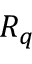
{ \cal R } _ { q }